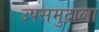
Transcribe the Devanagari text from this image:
उपसमुद्राला